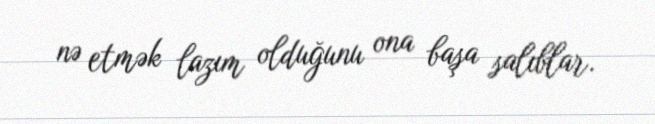
nə etmək lazım olduğunu ona başa salıblar.